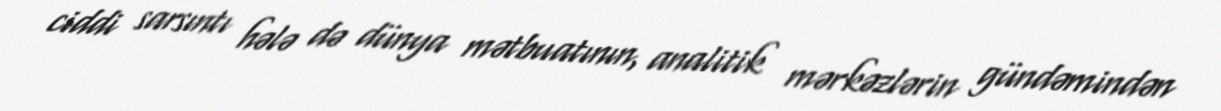
ciddi sarsıntı hələ də dünya mətbuatının, analitik mərkəzlərin gündəmindən